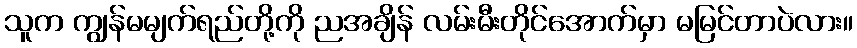
သူက ကျွန်မမျက်ရည်တို့ကို ညအချိန် လမ်းမီးတိုင်အောက်မှာ မမြင်တာပဲလား။